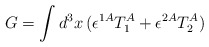
\begin{align*}G=\int d^3x \,(\epsilon^{1A}T_1^A+\epsilon^{2A}T_2^A)\end{align*}